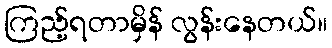
ကြည့်ရတာမှိန် လွန်းနေတယ်။